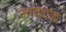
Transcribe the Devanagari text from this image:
आवदांड